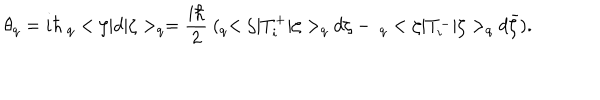
\theta _ { q } = i \hbar \ _ { q } < \zeta | d | \zeta > _ { q } = \frac { i \hbar } { 2 } \ ( _ { q } < \zeta | T _ { i } ^ { + } | \zeta > _ { q } d \zeta - \ _ { q } < \zeta | T _ { i } ^ { - } | \zeta > _ { q } d \bar { \zeta } ) .